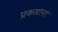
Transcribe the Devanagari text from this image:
प्रकाराना